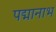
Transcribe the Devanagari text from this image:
पद्मानाभ